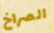
الصراخ